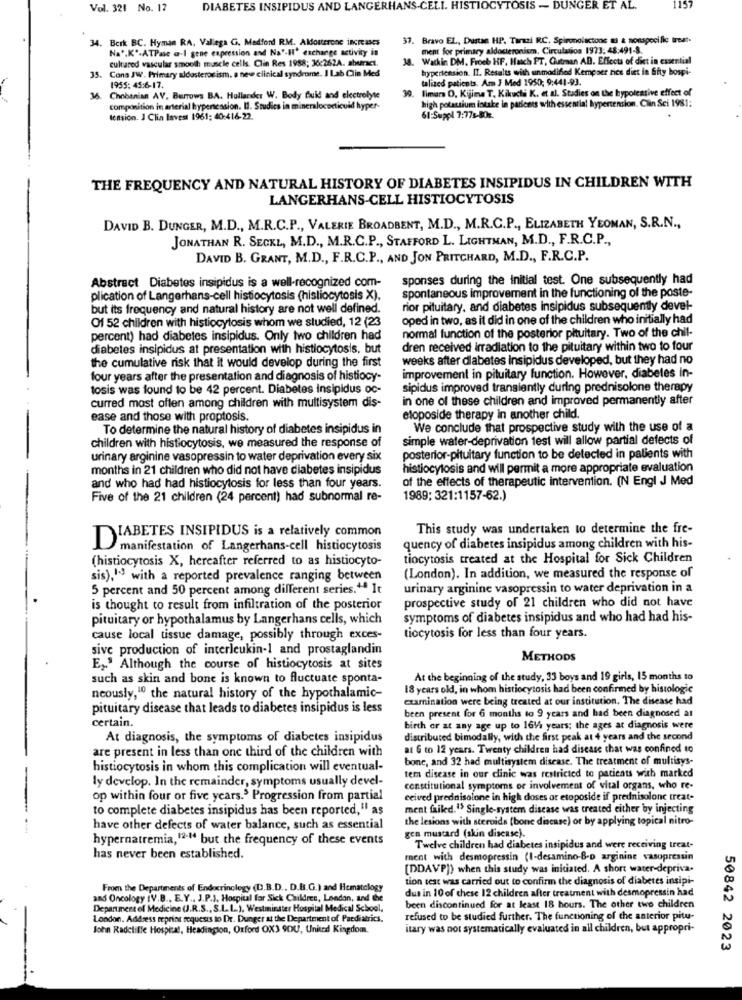
Vol. 321 No. 17
DIABETES INSIPIDUS AND LANGERHANS-CELL. HISTIOCYTOSIS - DUNGER ET AL.
1157
34. Berk BC. Hyman RA. Vallega G. Medford RM. Aldosterone inGrass
1. Bravo EL, Dustse HP. Terazi RC. Spironolactone as a nonspecific treat-
Na",K'-ATPase a-1 gene expression and Na'-H' exchange activity in
ment for primary aldosteronism, Circulation 1973: 48:491-8.
cultured vascular smooth muscle cells. Clin Res 1988; 36:262A. aberet.
38. Watkin DM. Froeh HF. Hanch PT, Gutman AB. Effects of diet in essential
35. Cona JW. Primary aldosteronism. a new clinical syndrome. I Lab Clin Med
hypertension. IT. Results with unmodified Kempser rice dies in Gfty bospi-
talized patients. Am J Med 1950; 9:441-93.
1955: 45:6-17.
30.
limar O, Kijima T. Kikuchi K. et al. Studies on the hypotensive effect of
6. Chobanian AV. Burrows BA. Hollander W. Body Buid and electrolyte
composition in arterial hypertension. Il. Studies in mineralocorticoid hyper-
61:Suppl 7:778-80x.
high potassium intake in patients with essential hypertension. Clin Sci 1981:
tension. J Clin lavest 1961: 40:416-22.
THE FREQUENCY AND NATURAL HISTORY OF DIABETES INSIPIDUS IN CHILDREN WITH
LANGERHANS-CELL HISTIOCYTOSIS
DAVID B. DUNGER, M.D ., M.R.C.P ., VALERIE BROADBENT, M.D ., M.R.C.P ., ELIZABETH YEOMAN, S.R.N .,
JONATHAN R. SECKL, M.D ., M.R.C.P ., STAFFORD L. LIGHTMAN, M.D ., F.R.C.P .,
DAVID B. GRANT, M.D ., F.R.C.P ., AND JON PRITCHARD, M.D ., F.R.C.P.
Abstract Diabetes insipidus is a well-recognized com-
sponses during the initial test. One subsequently had
spontaneous improvement in the functioning of the poste-
plication of Langerhans-cell histiocytosis (histiocytosis X).
but its frequency and natural history are not well defined.
rior pituitary, and diabetes insipidus subsequently devel-
Of 52 children with histiocytosis whom we studied, 12 (23
oped in two, as it did in one of the children who initially had
normal function of the posterior pituitary. Two of the chil-
percent) had diabetes insipidus. Only two children had
diabetes insipidus at presentation with histiocytosis, but
dren received irradiation to the pituitary within two to four
the cumulative risk that it would develop during the first
weeks after diabetes insipidus developed, but they had no
four years after the presentation and diagnosis of histiocy-
improvement in pituitary function. However, diabetes in-
tosis was found to be 42 percent. Diabetes insipidus oc-
sipidus improved transiently during prednisolone therapy
curred most often among children with multisystem dis-
in one of these children and improved permanently after
ease and those with proptosis.
etoposide therapy in another child.
To determine the natural history of diabetes insipidus in
We conclude that prospective study with the use of a
simple water-deprivation test will allow partial defects of
children with histiocytosis, we measured the response of
urinary arginine vasopressin to water deprivation every six
posterior-pituitary function to be detected in patients with
months in 21 children who did not have diabetes insipidus
histiocytosis and will permit a more appropriate evaluation
of the effects of therapeutic intervention. (N Engl J Med
and who had had histiocytosis for less than four years.
Five of the 21 children (24 percent) had subnormal re-
1989; 321:1157-62.)
This study was undertaken to determine the fre-
DIABETES INSIPIDUS is a relatively common
manifestation of Langerhans-cell histiocytosis
quency of diabetes insipidus among children with his-
(histiocytosis X, hereafter referred to as histiocyto-
tiocytosis created at the Hospital for Sick Children
sis),13 with a reported prevalence ranging between
(London). In addition, we measured the response of
5 percent and 50 percent among different series." It
urinary arginine vasopressin to water deprivation in a
prospective study of 21 children who did not have
is thought to result from infiltration of the posterior
pituitary or hypothalamus by Langerhans cells, which
symptoms of diabetes insipidus and who had had his-
cause local tissue damage, possibly through exces-
tiocytosis for less than four years.
sive production of interleukin-1 and prostaglandin
METHODS
E2.' Although the course of histiocytosis at sites
such as skin and bone is known to fluctuate sponta-
At the beginning of the study, 33 boys and 19 girls, 15 months to
18 years old, in whom histiocytosis had been confirmed by histologie
neously,"0 the natural history of the hypothalamic-
examination were being treated at our institution. The disease had
pituitary disease that leads to diabetes insipidus is less
been present for 6 months to 9 years and had been diagnosed at
certain.
birth or at any age up to 1614 years; the ages at diagnosis were
At diagnosis, the symptoms of diabetes insipidus
distributed bimodally, with the first peak at 4 years and the second
are present in less than one third of the children with
at G to 12 years. Twenty children had disease that was confined to
bone, and 32 had multisystem disease. The treatment of multisys-
histiocytosis in whom this complication will eventual-
tem disease in our clinic was restricted to patients with marked
ly develop. In the remainder, symptoms usually devel-
constitutional symptoms or involvement of vital organs, who re-
op within four or five years.5 Progression from partial
ceived prednisolone in high doses or etoposide if prednisolonc treat-
to complete diabetes insipidus has been reported," as
ment failed."> Single-system disease was treated either by injecting
the lesions with steroids (bone disease) or by applying topical nitro-
have other defects of water balance, such as essential
hypernatremia, 12-14 but the frequency of these events
gen mustard (skin disease).
Twelve children had diabetes insipidus and were receiving treat-
has never been established.
ment with desmopressin (I-desamino-&-D arginine vasopresun
[DDAVP]) when this study was initiated. A short water-depriva-
tion test was carried out to confirm the diagnosis of diabetes insipi-
From the Departments of Endocrinology (D.B.D ., D.B.G.) and Hematology
dus in 10 of these 12 children after treatment with desmopressin had
and Oncology IV.B ., E.Y ., J.P.J. Hospital for Sick Children, London, and the
Department of Medicine (J.R.S ., S.L.L .. ), Westminster Hospital Medical School,
been discontinued for at least 18 hours. The other two children
London. Address reprint requests to Dr. Dunger at the Department of Paediatrics.
refused to be studied further. The functioning of the anterior pitu-
John Radcliffe Hospital, Headingion, Oxford OX3 9DU, United Kingdom.
itary was not systematically evaluated in all children, but appropri-
50842 2023